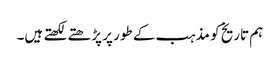
ہم تاریخ کو مذہب کے طور پر پڑھتے لکھتے ہیں۔